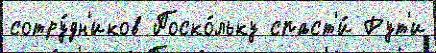
сотру́дн'иков Поско́льку спаст'и́ Рут'и